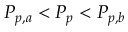
P _ { p , a } < P _ { p } < P _ { p , b }